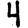
Digit: 4